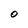
Character: O